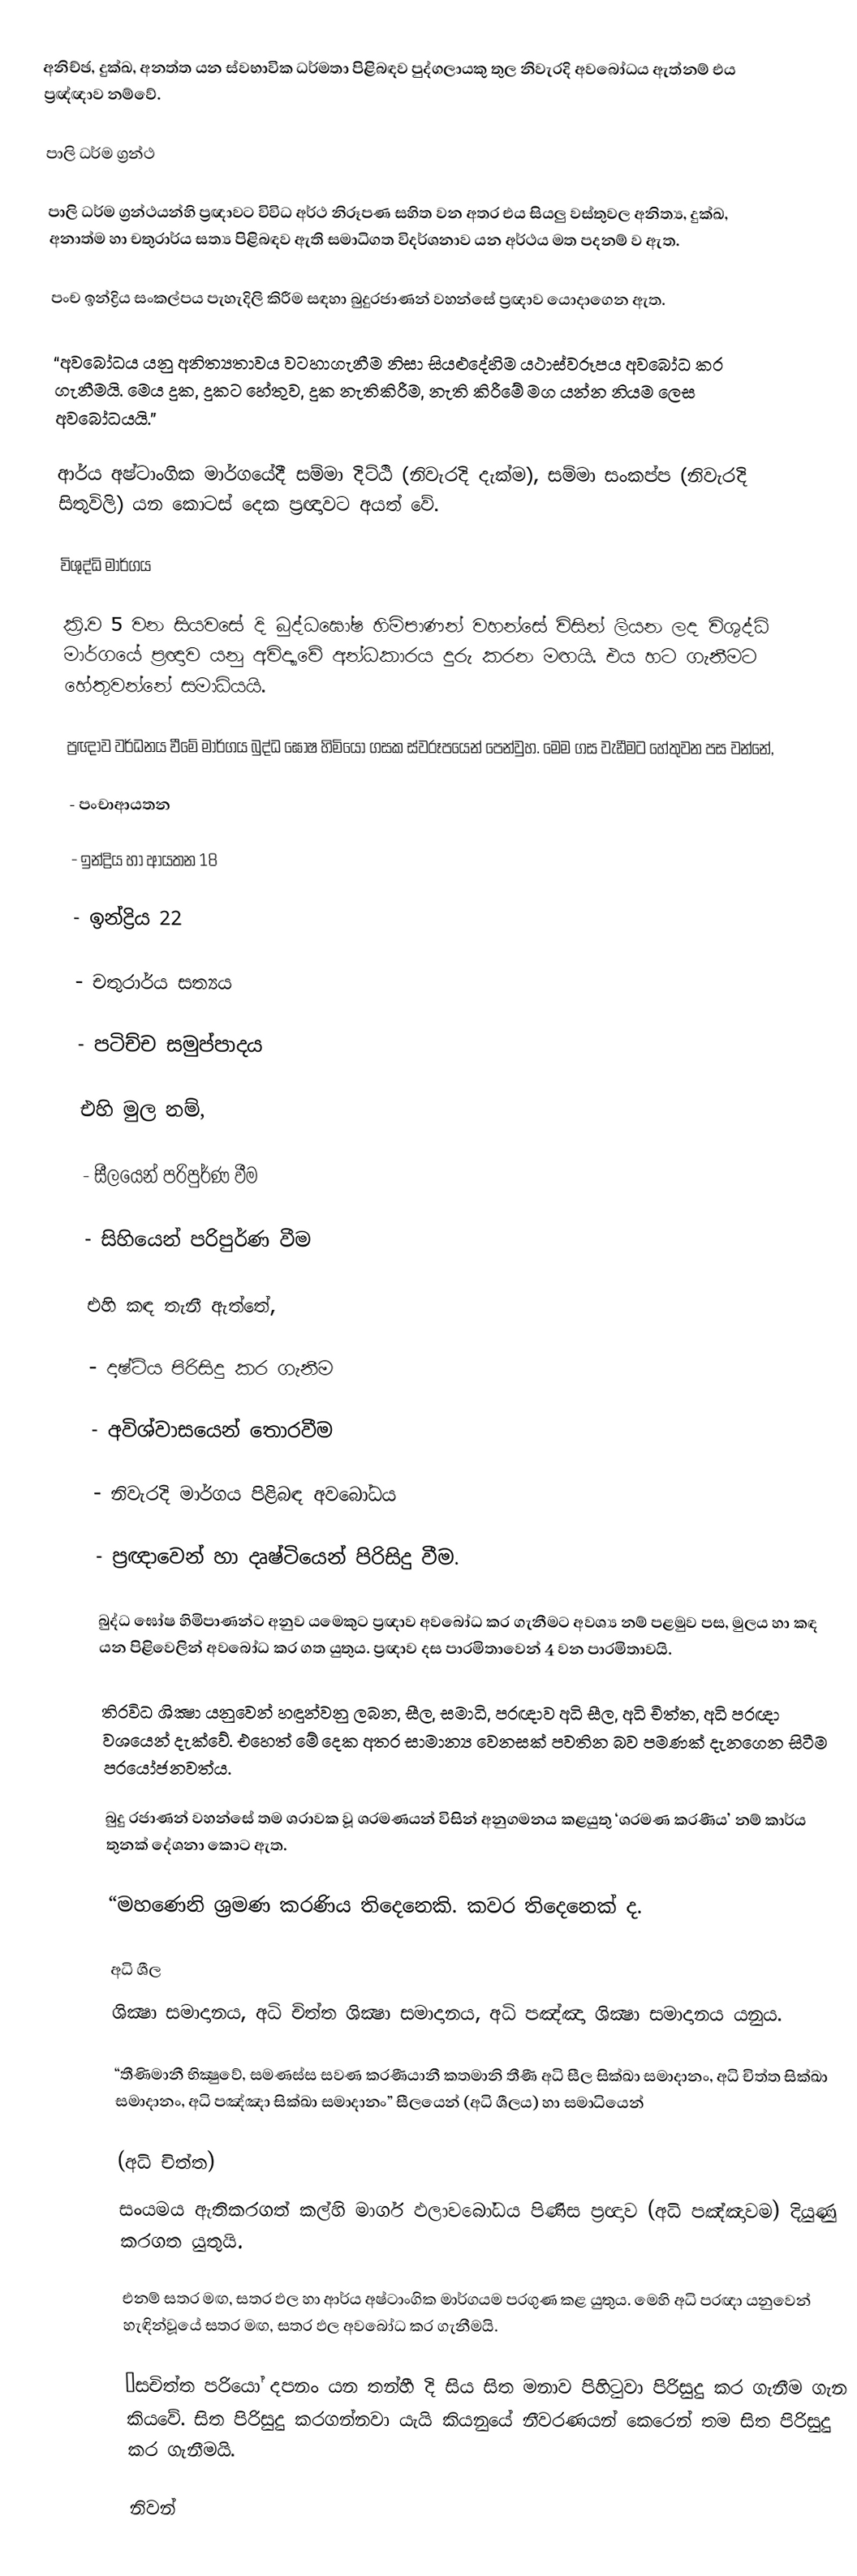
අනිච්ඡ, දුක්ඛ, අනත්ත යන ස්වභාවික ධර්මතා පිළිබඳව පුද්ගලායකු තුල නිවැරදි අවබෝධය ඇත්නම් එය ප්‍රඥ්ඥාව නම්වේ.

පාලි ධර්ම ග්‍රන්ථ

පාලි ධර්ම ග්‍රන්ථයන්හි ප්‍රඥාවට විවිධ අර්ථ නිරූපණ සහිත වන අතර එය සියලු වස්තුවල අනිත්‍ය, දුක්ඛ, අනාත්ම හා චතුරාර්ය සත්‍ය පිළිබඳව ඇති සමාධිගත විදර්ශනාව යන අර්ථය මත පදනම් ව ඇත.

පංච ඉන්ද්‍රිය සංකල්පය පැහැදිලි කිරීම සඳහා බුදුරජාණන් වහන්සේ ප්‍රඥාව යොදාගෙන ඇත.

“අවබෝධය යනු අනිත්‍යතාවය වටහාගැනීම නිසා සියළුදේහිම යථාස්වරූපය අවබෝධ කර ගැනීමයි. මෙය දුක, දුකට හේතුව, දුක නැතිකිරීම, නැති කිරීමේ මග යන්න නියම ලෙස අවබෝධයයි.”

ආර්ය අෂ්ටාංගික මාර්ගයේදී සම්මා දිට්ඨි (නිවැරදි දැක්ම), සම්මා සංකප්ප (නිවැරදි සිතුවිලි) යන කොටස් දෙක ප්‍රඥාවට අයත් වේ.

විශුද්ධි මාර්ගය

ක්‍රි.ව 5 වන සියවසේ දි බුද්ධඝෝෂ හිමිපාණන් වහන්සේ විසින් ලියන ලද විශුද්ධි මාර්ගයේ ප්‍රඥාව යනු අවිද්‍යාවේ අන්ධකාරය දුරු කරන මඟයි. එය හට ගැනීමට හේතුවන්නේ සමාධියයි.

ප්‍රඥාව වර්ධනය වීමේ මාර්ගය බුද්ධ ඝෝෂ හිමියෝ ගසක ස්වරූපයෙන් පෙන්වුහ. මෙම ගස වැඩීමට හේතුවන පස වන්නේ,

-	පංචා‍ආයතන

-	ඉන්ද්‍රිය හා ආයතන 18

-	ඉන්ද්‍රිය 22

-	චතුරාර්ය සත්‍යය

-	පටිච්ච සමුප්පාදය

එහි මුල නම්,

-	සීලයෙන් පරිපුර්ණ වීම

-	සිහියෙන් පරිපුර්ණ වීම

එහි කඳ තැනී ඇත්තේ,

-	දෘෂ්ටි‍ය පිරිසිදු කර ගැනීම

-	අවිශ්වාසයෙන් තොරවීම

-	නිවැරදි මාර්ගය පිළිබඳ අවබෝධය

-	ප්‍රඥාවෙන් හා දෘෂ්ටියෙන් පිරිසිදු වීම.

බුද්ධ ඝෝෂ හිමිපාණන්ට අනුව ‍යමෙකුට ප්‍රඥාව අවබෝධ කර ගැනීමට අවශ්‍ය නම් පළමුව පස, මුලය හා කඳ යන පිළිවෙලින් අවබෝධ කර ගත යුතුය. ප්‍රඥාව දස පාරමිතාවෙන් 4 වන පාරමිතාවයි.

ති‍්‍රවිධ ශික්‍ෂා යනුවෙන් හඳුන්වනු ලබන, සීල, සමාධි, ප‍්‍රඥාව අධි සීල, අධි චිත්ත, අධි ප‍්‍රඥා වශයෙන් දැක්වේ. එහෙත් මේ දෙක අතර සාමාන්‍ය වෙනසක් පවතින බව පමණක් දැනගෙන සිටීම ප‍්‍රයෝජනවත්ය.

බුදු රජාණන් වහන්සේ තම ශ‍්‍රාවක වූ ශ‍්‍රමණයන් විසින් අනුගමනය කළයුතු ‘ශ‍්‍රමණ කරණීය’ නම් කාර්ය තුනක් දේශනා කොට ඇත.

“මහණෙනි ශ‍්‍රමණ කරණිය තිදෙනෙකි. කවර තිදෙනෙක් ද.

අධි ශීල
 ශික්‍ෂා සමාදානය, අධි චිත්ත ශික්‍ෂා සමාදානය, අධි පඤ්ඤා ශික්‍ෂා සමාදානය යනුය.

“තීණිමානී භික්‍ෂුවේ, සමණස්ස සවණ කරණීයානී කතමානි තීණී අධි සීල සික්ඛා සමාදානං, අධි චිත්ත සික්ඛා සමාදානං, අධි පඤ්ඤා සික්ඛා සමාදානං” සීලයෙන් (අධි ශීලය) හා සමාධියෙන්

(අධි චිත්ත)
සංයමය ඇතිකරගත් කල්හි මාර්ග ඵලාවබෝධය පිණිස ප‍්‍රඥාව (අධි පඤ්ඤාවම) දියුණු කරගත යුතුයි.

එනම් සතර මඟ, සතර ඵල හා ආර්ය අෂ්ටාංගික මාර්ගයම ප‍්‍රගුණ කළ යුතුය. මෙහි අධි ප‍්‍රඥා යනුවෙන් හැඳින්වූයේ සතර මඟ, සතර ඵල අවබෝධ කර ගැනීමයි.

“සචිත්ත පරියෝ දපනං යන තන්හී දි සිය සිත මනාව පිහිටුවා පිරිසුදු කර ගැනීම ගැන කියවේ. සිත පිරිසුදු කරගන්නවා යැයි කියනුයේ නීවරණයන් කෙරෙන් තම සිත පිරිසුදු කර ගැනීමයි.

නිවන්